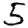
Digit: 5